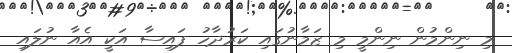
މި ނިންމުން ނިންމީ މި ޒަމާނުގައި ކަރުދާހު ފައިސާ އަކީ އެއާ ނުލައި